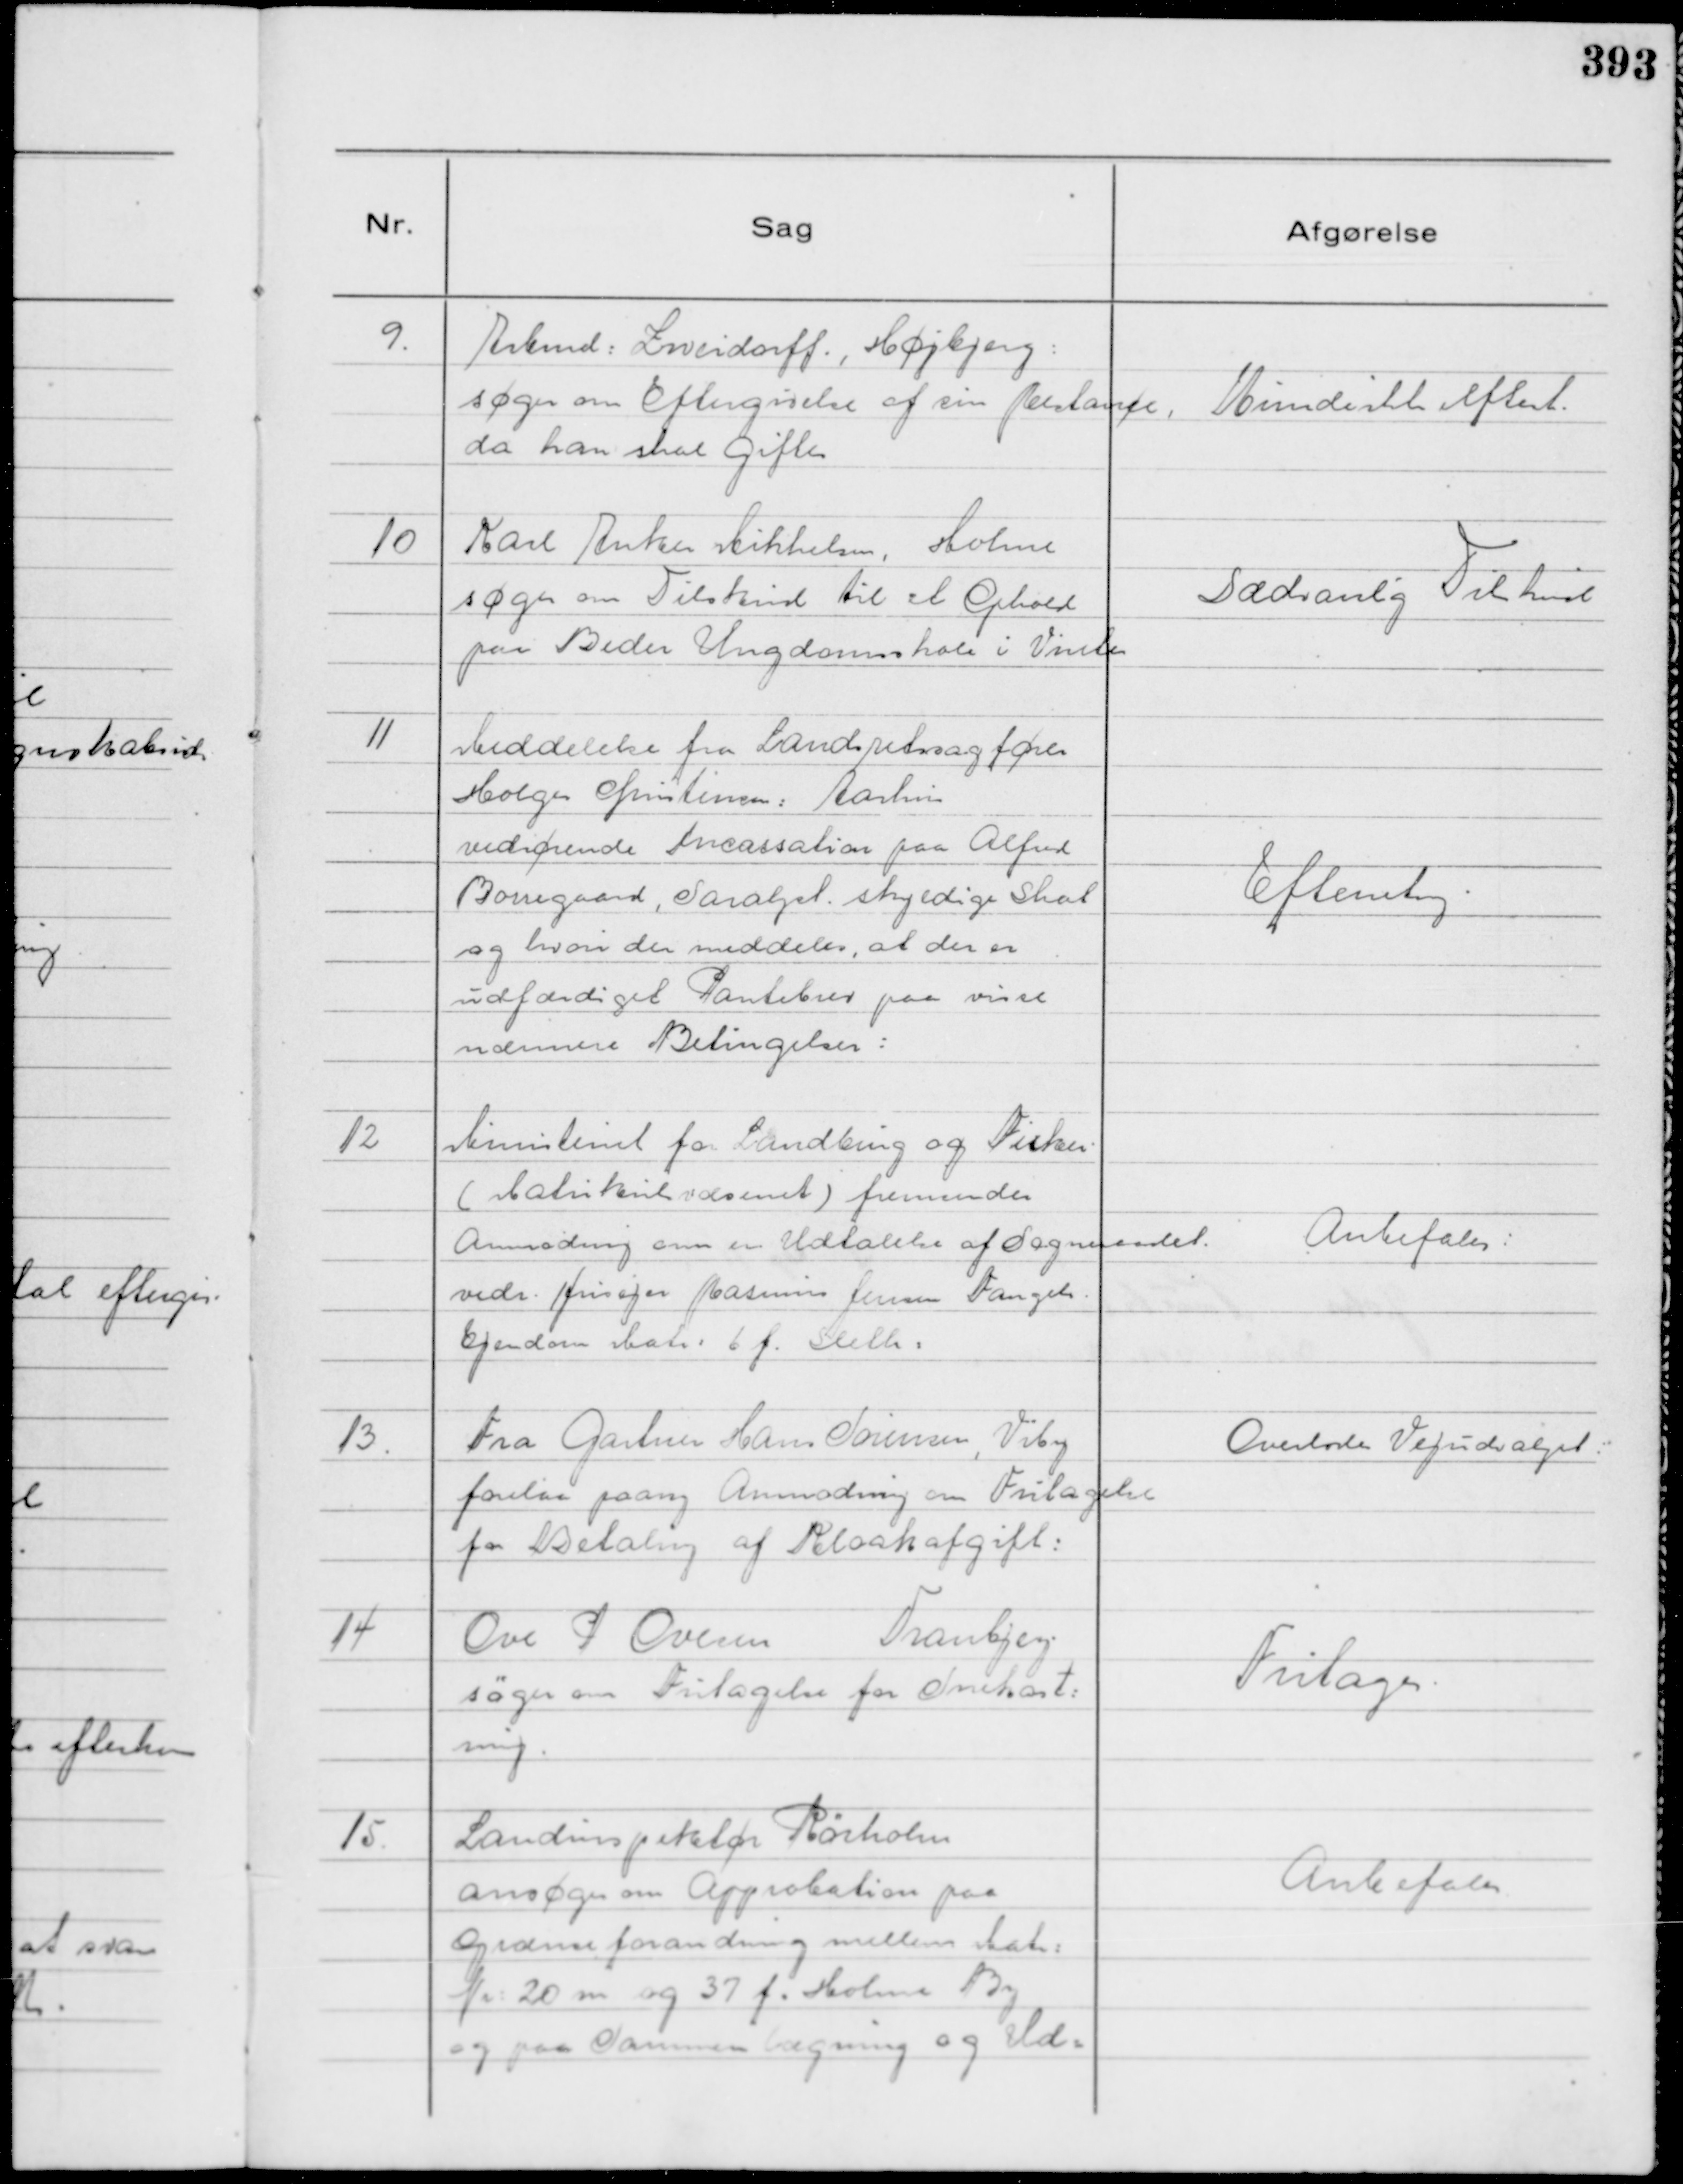
Transskription:
9.
Arbmd: Leveidorff., Højbjerg:
søger om Eftergivelse af sin Restance,
da han skal giftes

Kunde ikke efterk.

10
Karl Anker Mikkelsen, Holme
søger om Tilskud til et Ophold
paa Beder Ungdomsskole i Vinter

Sædvanlig Tilskud

11
Meddelelse fra Landsretssagfører
Holger Christensen: Aarhus
vedrørende Incassation paa Alfred
Borregaard, Saralyst. skyldige Skat
og hvori der meddeles, at der er
udfærdiget Pantebrev paa visse
nærmere Betingelser:

Efterretng.

12
Ministeriet for Landbrug og Fiskeri.
( Matrikulervæsenet ) fremsender
Anmodning om en Udtalelse af Sogneraadet
vedr. Husejer Rasmus Jensen Fangels.
Ejendom Matr: 6 f. Sleth:

Anbefales:

13.
Fra Gartner Hans Sørensen, Viby
forelaa paany Anmodning om Fritagelse
for Betaling af Kloakafgift:

Overlodes Vejudvalget:

14
Ove P Ovesen
Tranbjerg
søger om Fritagelse for Snekast:
ning.

Fritages.

15.
Landinspektør Rørholm
ansøger om Approbation paa
Grænseforandring mellem Matr:
Nr: 20 m og 37 f. Holme By
og paa Sammenlægning og Ud=

Anbefales.